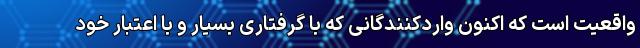
واقعیت است که اکنون واردکنندگانی که با گرفتاری بسیار و با اعتبار خود